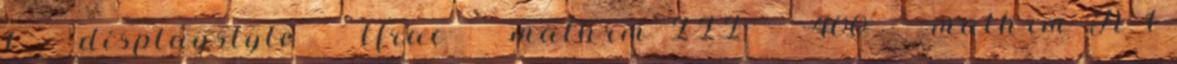
1 displaystyle tfrac mathrm III 400 mathrm A 1